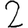
Digit: 2